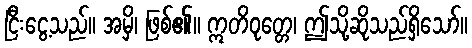
ငြီးငွေ့သည်။ အမှိ၊ ဖြစ်၏။ ဣတိဝုတ္တေ၊ ဤသို့ဆိုသည်ရှိသော်။